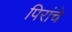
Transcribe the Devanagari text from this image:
पिरांचे